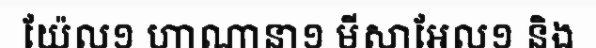
យ៉ែល១ ហាណានា១ មីសាអែល១ និង